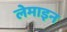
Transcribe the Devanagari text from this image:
लेमाइन